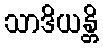
သာဒိယန္တိ